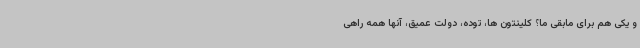
و یکی هم برای مابقی ما؟ کلینتون ها، توده، دولت عمیق، آنها همه راهی